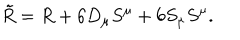
\tilde { R } = R + 6 D _ { \mu } S ^ { \mu } + 6 S _ { \mu } S ^ { \mu } .